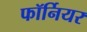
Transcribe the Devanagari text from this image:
फॉर्नियर